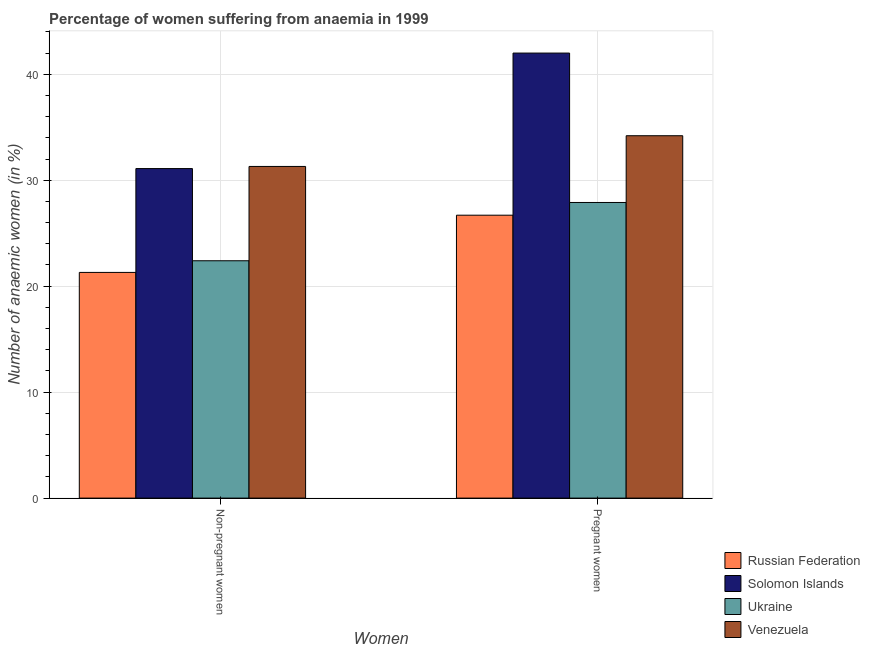
| Women | Russian Federation | Solomon Islands | Ukraine | Venezuela |
 | --- | --- | --- | --- | --- |
 | Non-pregnant women | 21.3 | 31.1 | 22.4 | 31.3 |
 | Pregnant women | 26.7 | 42 | 27.9 | 34.2 |